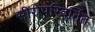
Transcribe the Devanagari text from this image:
सीरोपरिवर्तित